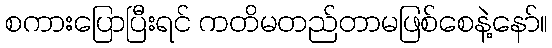
စကားပြောပြီးရင် ကတိမတည်တာမဖြစ်စေနဲ့နော်။